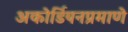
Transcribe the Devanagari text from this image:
अकोर्डियनप्रमाणे